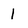
Character: I